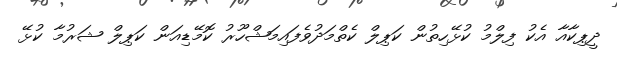
ދީޕިކާއާ އެކު ފިލްމު ކުޅޭހިތުން ކަޕިލް ކެތްމަދުވެފައިމަޝްހޫރު ކޮމޭޑިއަން ކަޕިލް ޝަރުމާ ކުޅޭ